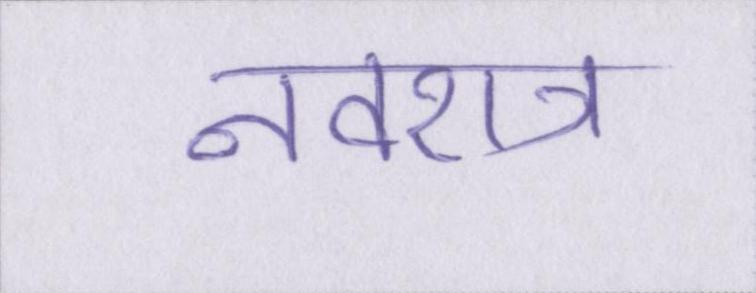
नवरात्र